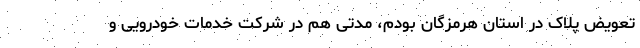
تعویض پلاک در استان هرمزگان بودم، مدتی هم در شرکت خدمات خودرویی و